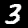
Label: 3